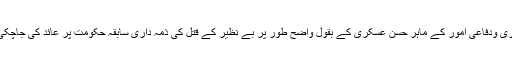
عسکری ودفاعی امور کے ماہر حسن عسکری کے بقول واضح طور پر بے نظیر کے قتل کی ذمہ داری سابقہ حکومت پر عائد کی جاچکی ہے۔